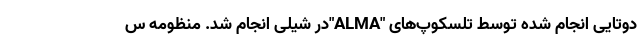
دوتایی انجام شده توسط تلسکوپ‌های "ALMA"در شیلی انجام شد. منظومه س